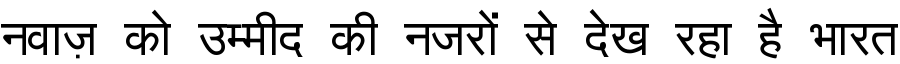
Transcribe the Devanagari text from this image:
नवाज़ को उम्मीद की नजरों से देख रहा है भारत